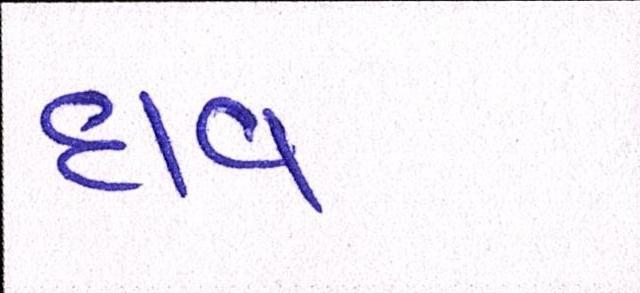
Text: દાવ